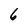
Character: 6